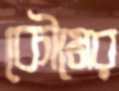
কৌমের